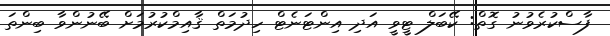
ފާސްކުރެވުނު ގޮތް: ކޭބަލް ޓީވީ އަދި އިންޓަނެޓް ހިދުމަތް ޤާއިމްކުރުމަށް ބޭނުންވާ ބިންތަ